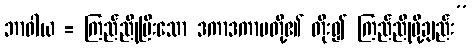
ဘာဝါယ = ကြည်ညိုပြီးသော ဒကာဒကာမတို့၏ တိုး၍ ကြည်ညိုဖို့ချည်း”